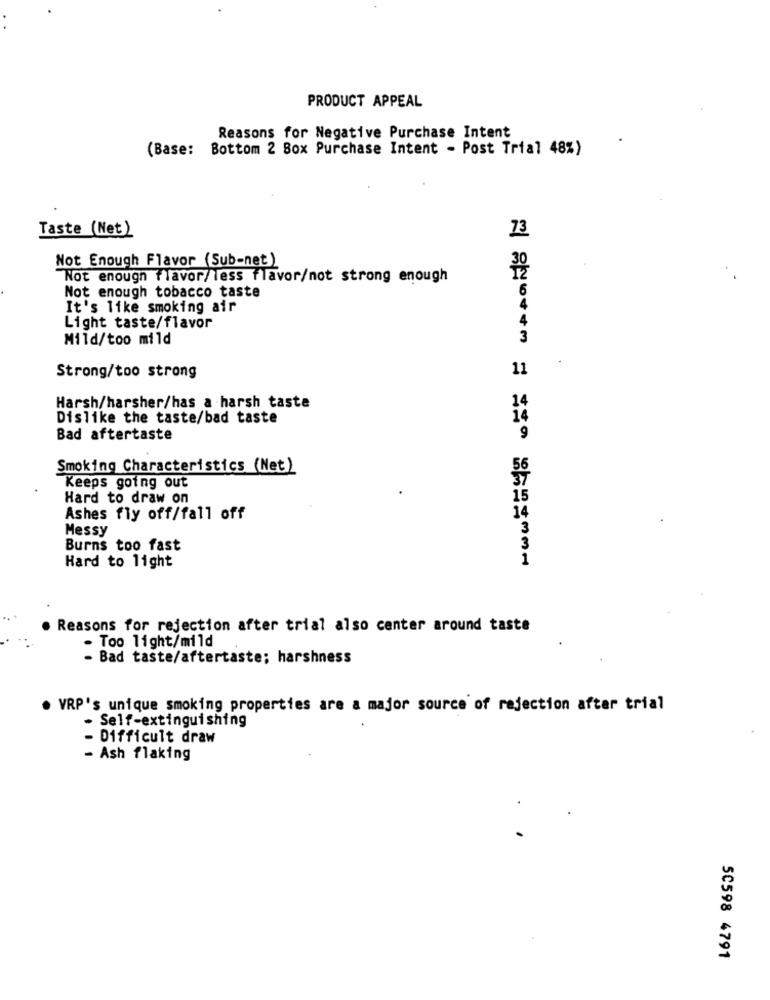
PRODUCT APPEAL
Reasons for Negative Purchase Intent
(Base: Bottom 2 Box Purchase Intent - Post Trial 48%)
Taste (Net)
73
Not Enough Flavor (Sub-net )
Not enough flavor/less flavor/not strong enough
Not enough tobacco taste
6
It's like smoking air
4
Light taste/flavor
Mild/too mild
11
Strong/too strong
Harsh/harsher/has a harsh taste
Dislike the taste/bad taste
Bad aftertaste
Smoking Characteristics (Net)
Keeps going out
Hard to draw on
Ashes fly off/fall off
Messy
Burns too fast
Hard to light
Reasons for rejection after trial also center around taste
- Too light/mild
Bad taste/aftertaste; harshness
. VRP's unique smoking properties are a major source of rejection after trial
Self-extinguishing
- Difficult draw
- Ash flaking
50598 4791